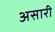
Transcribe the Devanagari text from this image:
असारी